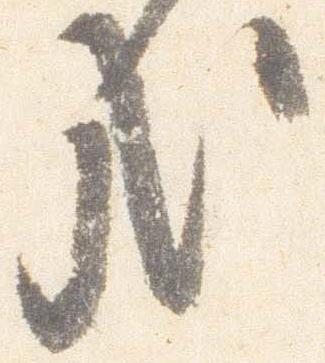
哉